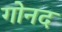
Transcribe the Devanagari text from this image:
गोनद